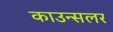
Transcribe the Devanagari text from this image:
काउन्सलर